Civil Veterinary Department Bengal reports 1923-33 - 1923-1933
Year: 1923
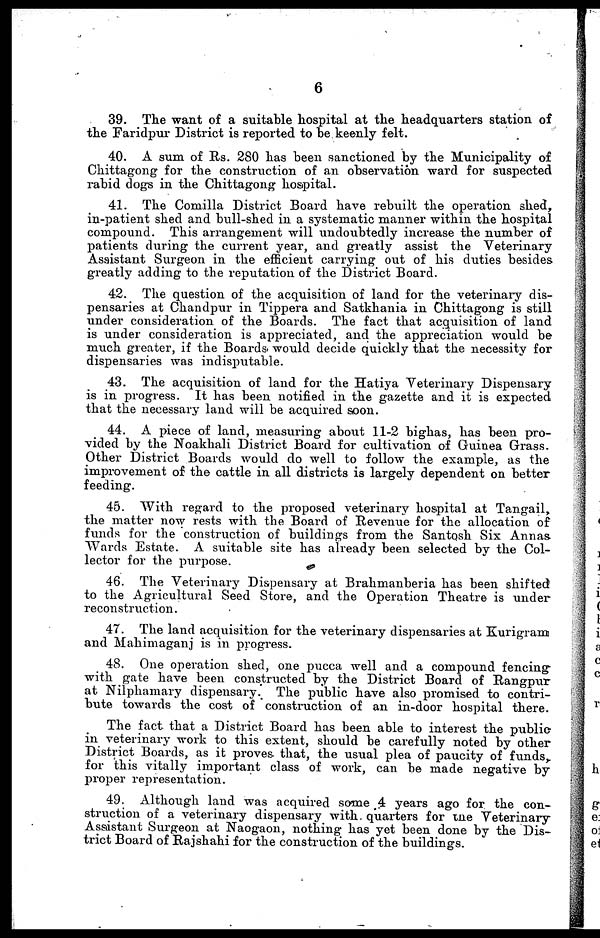
6
39. The want of a suitable hospital at the headquarters station of
the Faridpur District is reported to be keenly felt.
40. A sum of Rs. 280 has been sanctioned by the Municipality of
Chittagong for the construction of an observation ward for suspected
rabid dogs in the Chittagong hospital.
41. The Comilla District Board have rebuilt the operation shed,
in-patient shed and bull-shed in a systematic manner within the hospital
compound. This arrangement will undoubtedly increase the number of
patients during the current year, and greatly assist the Veterinary
Assistant Surgeon in the efficient carrying out of his duties besides
greatly adding to the reputation of the District Board.
42. The question of the acquisition of land for the veterinary dis-
pensaries at Chandpur in Tippera and Satkhania in Chittagong is still
under consideration of the Boards. The fact that acquisition of land
is under consideration is appreciated, and the appreciation would be
much greater, if the Boards would decide quickly that the necessity for
dispensaries was indisputable.
43. The acquisition of land for the Hatiya Veterinary Dispensary
is in progress. It has been notified in the gazette and it is expected
that the necessary land will be acquired soon.
44. A piece of land, measuring about 11-2 bighas, has been pro-
vided by the Noakhali District Board for cultivation of Guinea Grass.
Other District Boards would do well to follow the example, as the
improvement of the cattle in all districts is largely dependent on better
feeding.
45. With regard to the proposed veterinary hospital at Tangail,
the matter now rests with the Board of Revenue for the allocation of
funds for the construction of buildings from the Santosh Six Annas
Wards Estate. A suitable site has already been selected by the Col-
lector for the purpose.
46. The Veterinary Dispensary at Brahmanberia has been shifted
to the Agricultural Seed Store, and the Operation Theatre is under
reconstruction.
47. The land acquisition for the veterinary dispensaries at Kurigram
and Mahimaganj is in progress.
48. One operation shed, one pucca well and a compound fencing-
with gate have been constructed by the District Board of Rangpur
at Nilphamary dispensary. The public have also promised to contri-
bute towards the cost of construction of an in-door hospital there.
The fact that a District Board has been able to interest the public-
in veterinary work to this extent, should be carefully noted by other
District Boards, as it proves that, the usual plea of paucity of funds,
for this vitally important class of work, can be made negative by
proper representation.
49. Although land was acquired some 4 years ago for the con-
struction of a veterinary dispensary with quarters for the Veterinary
Assistant Surgeon at Naogaon, nothing has yet been done by the Dis-
trict Board of Rajshahi for the construction of the buildings.